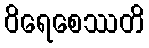
ဝိရေစေဿတိ